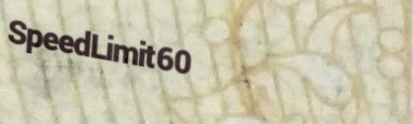
SpeedLimit60